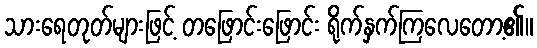
သားရေတုတ်များဖြင့် တဖြောင်းဖြောင်း ရိုက်နှက်ကြလေတော့၏။